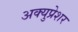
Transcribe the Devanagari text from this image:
अक्युप्रेशर